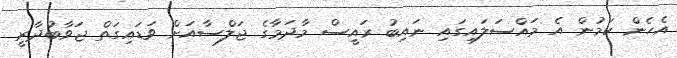
އެހެން ކަމުން އެ މައްސަލައިގައި ނައިބު ރައީސް މާދަމާގެ ޖަލްސާއަށް ވަޑައިގަތް ޖަވާބުދާރީ